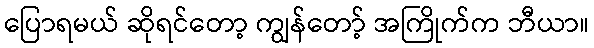
ပြောရမယ် ဆိုရင်တော့ ကျွန်တော့် အကြိုက်က ဘီယာ။